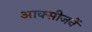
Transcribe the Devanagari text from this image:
आक्सीजनें